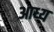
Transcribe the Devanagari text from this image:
आध्य